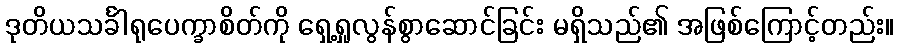
ဒုတိယသင်္ခါရုပေက္ခာစိတ်ကို ရှေ့ရှုလွန်စွာဆောင်ခြင်း မရှိသည်၏ အဖြစ်ကြောင့်တည်း။